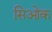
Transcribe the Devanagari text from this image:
सिओक